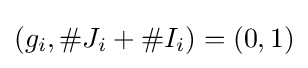
(g_{i},\#J_{i}+\#I_{i})=(0,1)